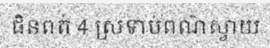
ផិនពត់ 4 ស្រទាប់ពណ៌ស្វាយ